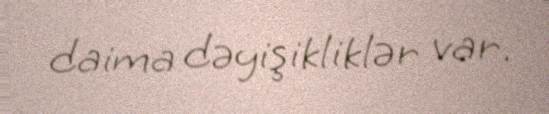
daima dəyişikliklər var.